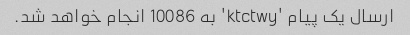
ارسال یک پیام 'ktctwy' به 10086 انجام خواهد شد.